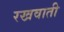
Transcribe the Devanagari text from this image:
रखवाती